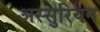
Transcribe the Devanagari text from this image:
अस्सुरियन